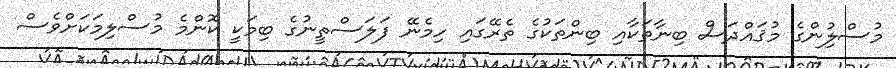
މުސްލިުންގެ މުޤައްދަސް ބިނާތަކާއި ބިންތަކުގެ ތެރޭގައި ހިމެނޭ ފަލަސްތީނުގެ ބިމަކީ ކޮންމެ މުސްލިމަކަށްވެސް